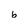
Character: b